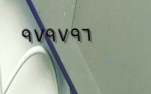
٩٧٩٧٩٦